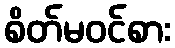
စိတ်မဝင်စား